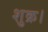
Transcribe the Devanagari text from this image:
शुक्र।